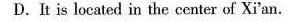
D. It is located in the center of Xi'an .